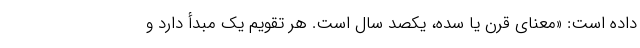
داده است: «معنای قرن یا سده، یکصد سال است. هر تقویم یک مبدأ دارد و